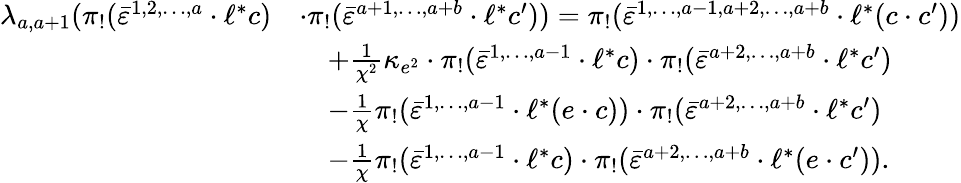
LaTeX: \begin{array}{rl}{\lambda_{a,a+1}(\pi_{!}(\bar{\varepsilon}^{1,2,\ldots,a}\cdot\ell^{*}c)}&{\cdot\pi_{!}(\bar{\varepsilon}^{a+1,\ldots,a+b}\cdot\ell^{*}c^{\prime}))=\pi_{!}(\bar{\varepsilon}^{1,\ldots,a-1,a+2,\ldots,a+b}\cdot\ell^{*}(c\cdot c^{\prime}))}\\ &{\quad+\frac{1}{\chi^{2}}\kappa_{e^{2}}\cdot\pi_{!}(\bar{\varepsilon}^{1,\ldots,a-1}\cdot\ell^{*}c)\cdot\pi_{!}(\bar{\varepsilon}^{a+2,\ldots,a+b}\cdot\ell^{*}c^{\prime})}\\ &{\quad-\frac{1}{\chi}\pi_{!}(\bar{\varepsilon}^{1,\ldots,a-1}\cdot\ell^{*}(e\cdot c))\cdot\pi_{!}(\bar{\varepsilon}^{a+2,\ldots,a+b}\cdot\ell^{*}c^{\prime})}\\ &{\quad-\frac{1}{\chi}\pi_{!}(\bar{\varepsilon}^{1,\ldots,a-1}\cdot\ell^{*}c)\cdot\pi_{!}(\bar{\varepsilon}^{a+2,\ldots,a+b}\cdot\ell^{*}(e\cdot c^{\prime})).}\end{array}